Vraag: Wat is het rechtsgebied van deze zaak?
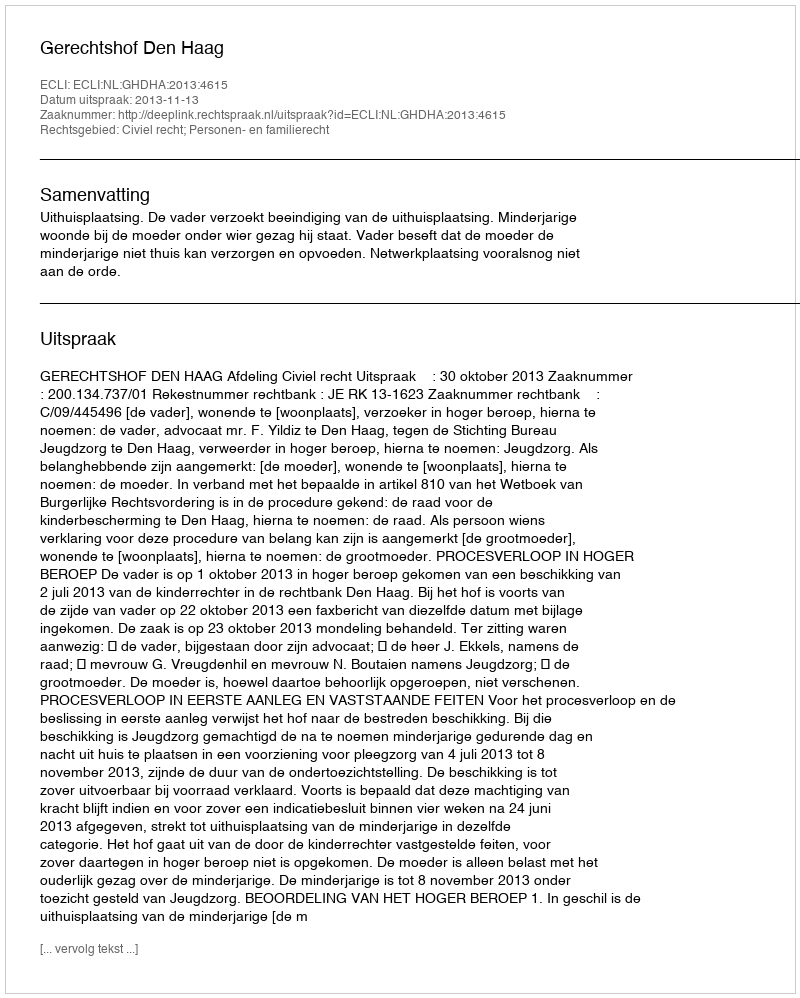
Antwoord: Civiel recht; Personen- en familierecht